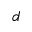
d